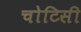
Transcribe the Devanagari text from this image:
चोटिसी